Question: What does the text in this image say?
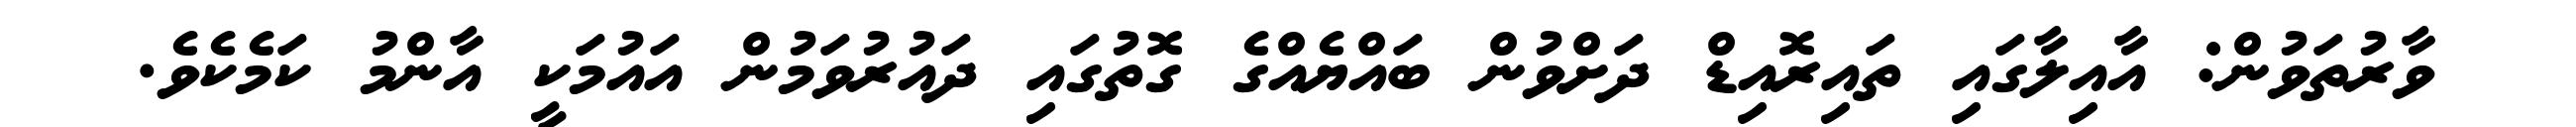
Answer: ވާރުތަވުން: އާއިލާގައި ތައިރޮއިޑް ދަށްވުން ބައްޔެއްގެ ގޮތުގައި ދައުރުވަމުން އައުމަކީ އާންމު ކަމެކެވެ.